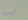
إبريل